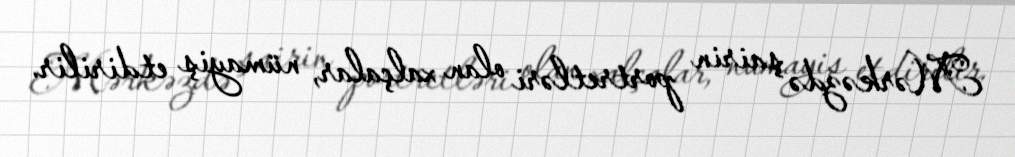
Mərkəzdə şairin portretləri olan xalçalar, nümayiş etdirilir.